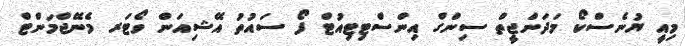
މިއީ ޔުނެސްކޯ މަދަންޖީތް ސިންގް އިންސްޓިޓިއުޓް ފޯ ސައުތު އޭޝިއަން ވޯޓަރ މެނޭޖްމަންޓް